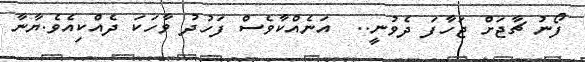
ފޯނު ޗާޖަށް ޖަހާފަ ދެވުނީ..  އަނެއްކާވެސް ފަހުދު ވާހަކަ ދެއްކިއެވެ.ޔާނާ